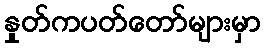
နှုတ်ကပတ်တော်များမှာ